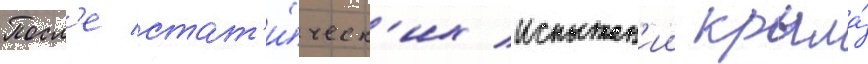
Посл'е стат'и́ческ'их испытан'ии крыла́